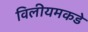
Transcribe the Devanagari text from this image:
विलीयमकडे